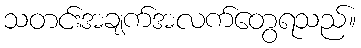
သတင်းအချက်အလက်တွေရသည်။